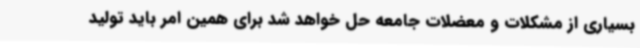
بسیاری از مشکلات و معضلات جامعه حل خواهد شد برای همین امر باید تولید